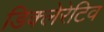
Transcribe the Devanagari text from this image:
डिक्लेरेटिव